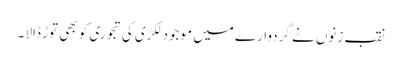
نقب زنوں نے گردوارے میں موجود لکڑی کی تجوری کو بھی توڑ ڈالا ۔